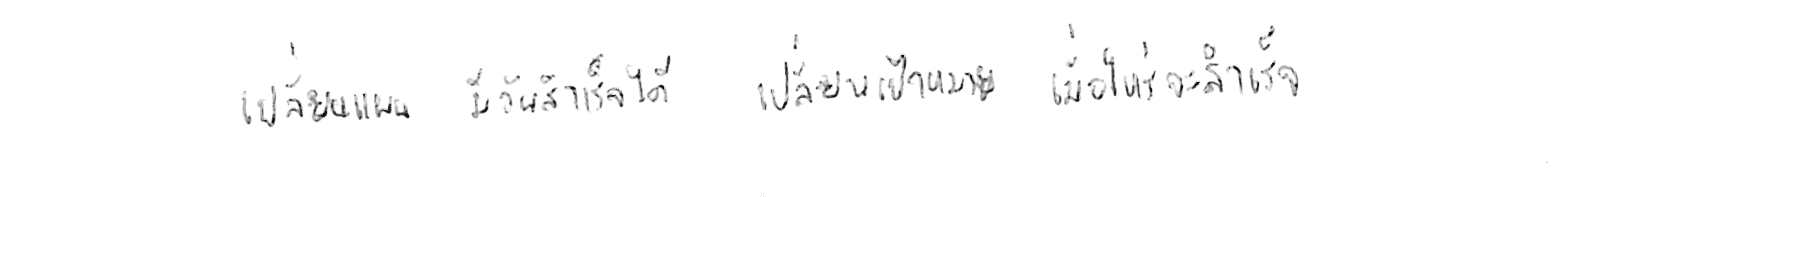
เปลี่ยนแผน มีวันสำเร็จได้ เปลี่ยนเป้าหมาย เมื่อไหร่จะสำเร็จ